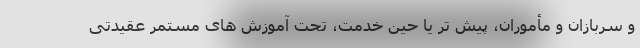
و سربازان و مأموران، پیش تر یا حین خدمت، تحت آموزش های مستمر عقیدتی